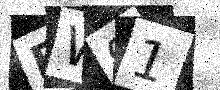
Text: BW91